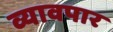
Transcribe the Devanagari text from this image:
व्यावपार